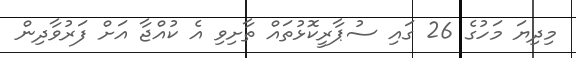
މިދިޔަ މަހުގެ 26 ގައި ސުޕާރީކޮޅުތައް ތާށިވި އެ ކުއްޖާ އަށް ފަރުވާދިން